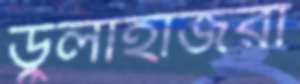
ডুলাহাজরা